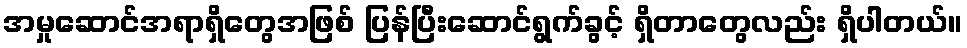
အမှုဆောင်အရာရှိတွေအဖြစ် ပြန်ပြီးဆောင်ရွက်ခွင့် ရှိတာတွေလည်း ရှိပါတယ်။